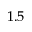
1 . 5